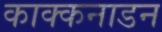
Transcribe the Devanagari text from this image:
काक्कनाडन